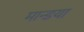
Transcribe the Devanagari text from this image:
मान्डया